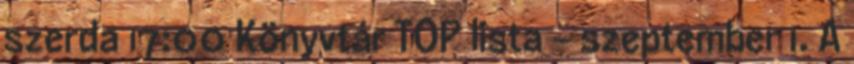
szerda 17:00 Könyvtár TOP lista - szeptember 1. A